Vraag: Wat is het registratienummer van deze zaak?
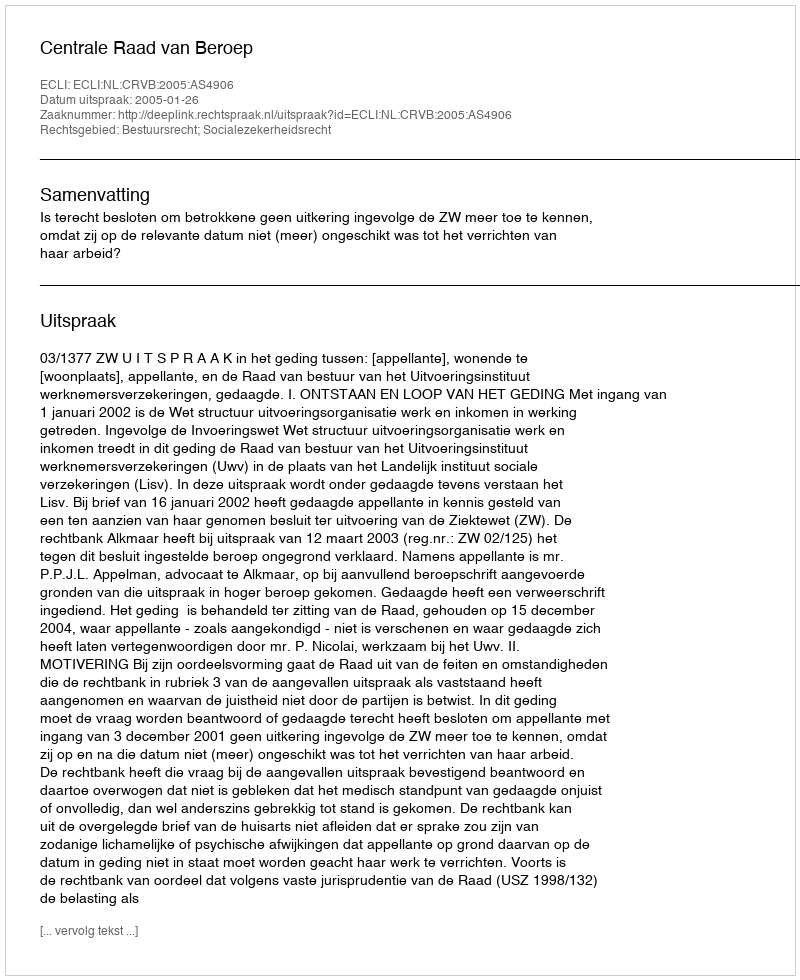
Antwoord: http://deeplink.rechtspraak.nl/uitspraak?id=ECLI:NL:CRVB:2005:AS4906